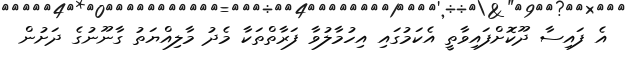
އެ ފައިސާ ދޫކޮށްފައިވާތީ އެކަމުގައި އިހުމާލުވާ ފަރާތްތަކާ މެދު މާލިއްޔަތު ގާނޫނުގެ ދަށުން